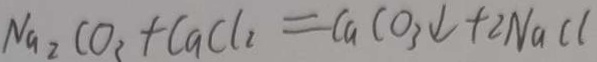
N a _ { 2 } C O _ { 3 } + C a C l _ { 2 } = C a C O _ { 3 } \downarrow + 2 N a C l